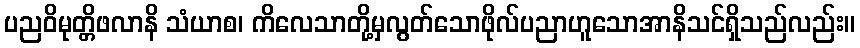
ပညဝိမုတ္တိဖလာနိ သံယာစ၊ ကိလေသာတို့မှလွတ်သောဖိုလ်ပညာဟူသောအာနိသင်ရှိသည်လည်း။